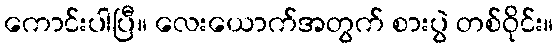
ကောင်းပါပြီ။ လေးယောက်အတွက် စားပွဲ တစ်ဝိုင်း။